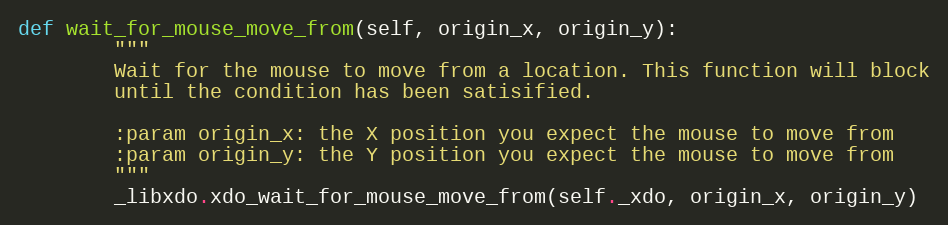
Language: Python
def wait_for_mouse_move_from(self, origin_x, origin_y):
        """
        Wait for the mouse to move from a location. This function will block
        until the condition has been satisified.

        :param origin_x: the X position you expect the mouse to move from
        :param origin_y: the Y position you expect the mouse to move from
        """
        _libxdo.xdo_wait_for_mouse_move_from(self._xdo, origin_x, origin_y)